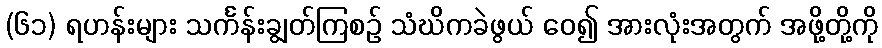
(၆၁) ရဟန်းများ သင်္ကန်းချွတ်ကြစဉ် သံဃိကခဲဖွယ် ဝေ၍ အားလုံးအတွက် အဖို့တို့ကို